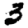
Digit: 3